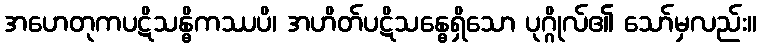
အဟေတုကပဋိသန္ဓိကဿပိ၊ အဟိတ်ပဋိသန္ဓေရှိသော ပုဂ္ဂိုလ်၏ သော်မှလည်း။